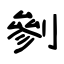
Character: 剼